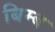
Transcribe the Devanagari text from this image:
बिम्‍ब